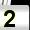
Digit: 2